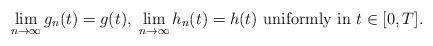
LaTeX: \begin{align*}\lim_{n\to\infty} g_n(t)=g(t),\; \lim_{n\to\infty} h_n(t)=h(t) \mbox{ uniformly in } t\in [0, T].\end{align*}